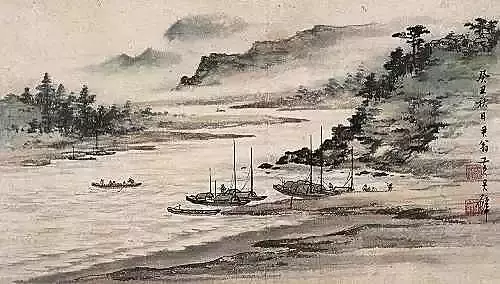
南浦凄凄别，西风袅袅秋。